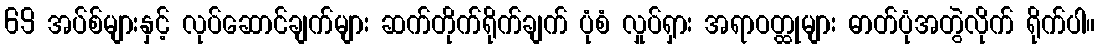
69 အပ်စ်များနှင့် လုပ်ဆောင်ချက်များ ဆက်တိုက်ရိုက်ချက် ပုံစံ လှုပ်ရှား အရာဝတ္ထုများ ဓာတ်ပုံအတွဲလိုက် ရိုက်ပါ။